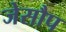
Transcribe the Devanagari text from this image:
जेसौप